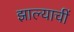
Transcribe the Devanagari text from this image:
झाल्याचीं